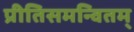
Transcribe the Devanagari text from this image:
प्रीतिसमन्वितम्